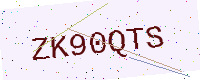
Text: ZK90QTS